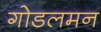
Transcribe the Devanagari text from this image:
गोडलमन